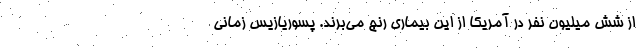
از شش میلیون نفر در آمریکا از این بیماری رنج می‌برند. پسوریازیس زمانی